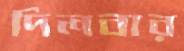
দিলবার